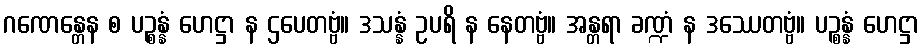
ဂဏေန္တေန စ ပဉ္စန္နံ ဟေဋ္ဌာ န ဌပေတဗ္ဗံ။ ဒသန္နံ ဥပရိ န နေတဗ္ဗံ။ အန္တရာ ခဏ္ဍံ န ဒဿေတဗ္ဗံ။ ပဉ္စန္နံ ဟေဋ္ဌာ